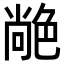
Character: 𦫢